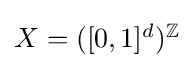
\textstyle X=([0,1]^{d})^{\mathbb {Z} }